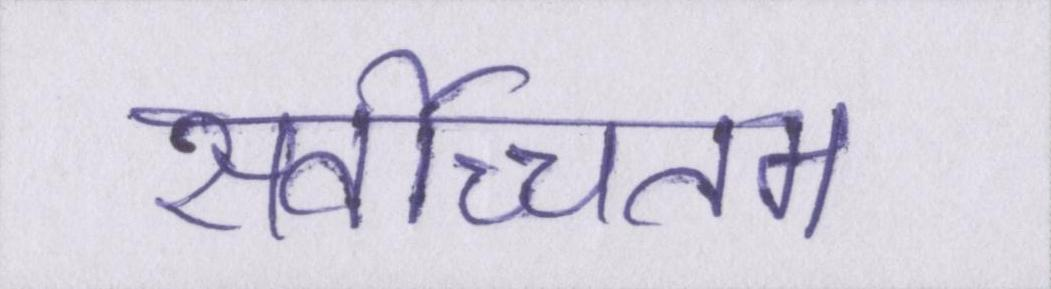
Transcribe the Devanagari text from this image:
सर्वोच्चतम